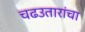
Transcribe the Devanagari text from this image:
चढउतारांचा